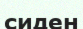
сиден